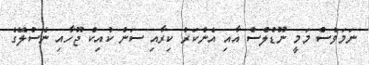
ނަމަވެސް މަމީ ނޫޑްލްސް އާއި އެންކަރު ކިރާއި ސަން ކުއިކް ޖޫހާއި ނެސްލޭގެ